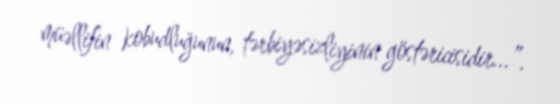
müəllifin kobudluğunun, tərbiyəsizliyinin göstəricisidir...”.